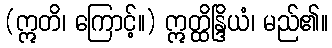
(ဣတိ၊ ကြောင့်။) ဣတ္ထိန္ဒြိယံ၊ မည်၏။